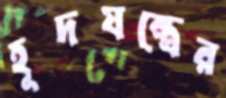
হূদযন্ত্রের